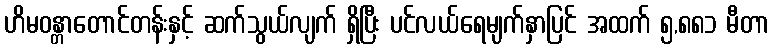
ဟိမဝန္တာတောင်တန်းနှင့် ဆက်သွယ်လျက် ရှိပြီး ပင်လယ်ရေမျက်နှာပြင် အထက် ၅,၈၈၁ မီတာ